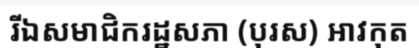
រីឯសមាជិករដ្ឋសភា (បុរស) អាវកុត